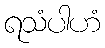
ရသံပါဟံ